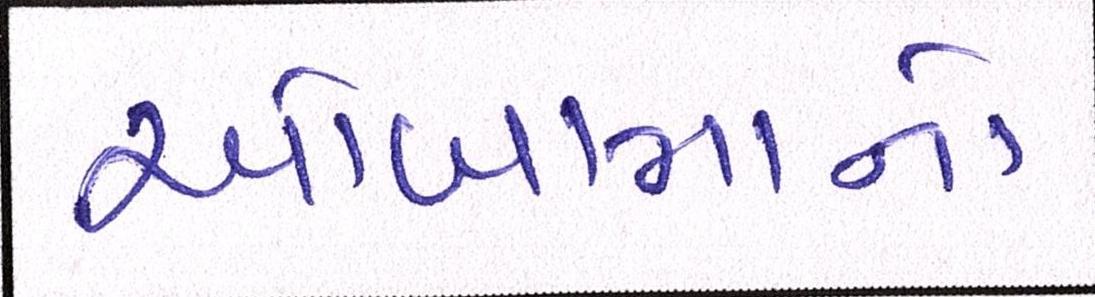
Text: ઓબામાનો